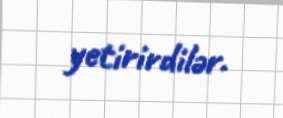
yetirirdilər.